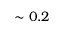
\sim 0 . 2